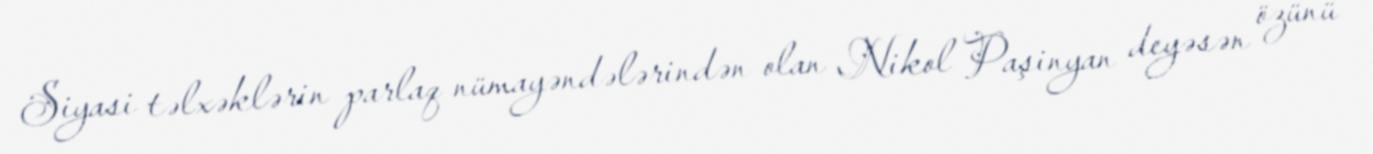
Siyasi təlxəklərin parlaq nümayəndələrindən olan Nikol Paşinyan deyəsən özünü